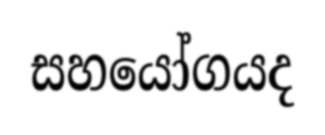
සහයෝගයද